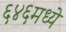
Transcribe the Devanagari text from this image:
६४६मध्ये